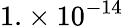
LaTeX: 1.\times 10^{-14}